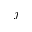
j